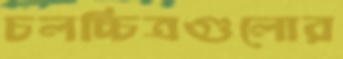
চলচ্চিত্রগুলোর